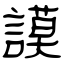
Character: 謨